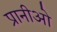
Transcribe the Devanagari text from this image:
प्रानीओ